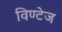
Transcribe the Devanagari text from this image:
विण्टेज